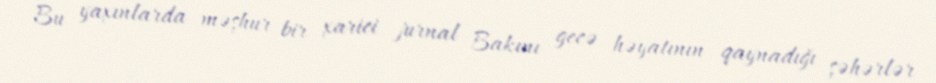
Bu yaxınlarda məşhur bir xarici jurnal Bakını gecə həyatının qaynadığı şəhərlər